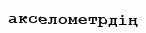
акселометрдің